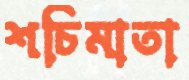
শচিমাতা